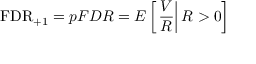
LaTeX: \mathrm { F D R } _ { + 1 } = p F D R = E \left[ \left. { \frac { V } { R } } \right| R > 0 \right]